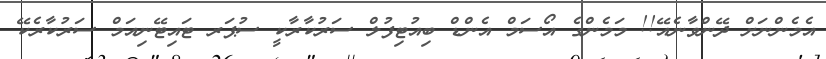
އެމެންނަށް ދޭންވާނެއޭ!! މަމެންގެ އޯސަމް އެންޑް ބިއުޓިފުލް ސަރުކާރާކީ ސުޕަރ ޓައިޓޭނިއަމް ސަރުކާރެކޭ